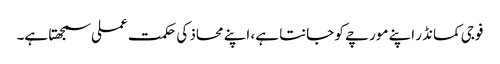
فوجی کمانڈر اپنے مورچے کو جانتا ہے، اپنے محاذ کی حکمت عملی سمجھتا ہے۔